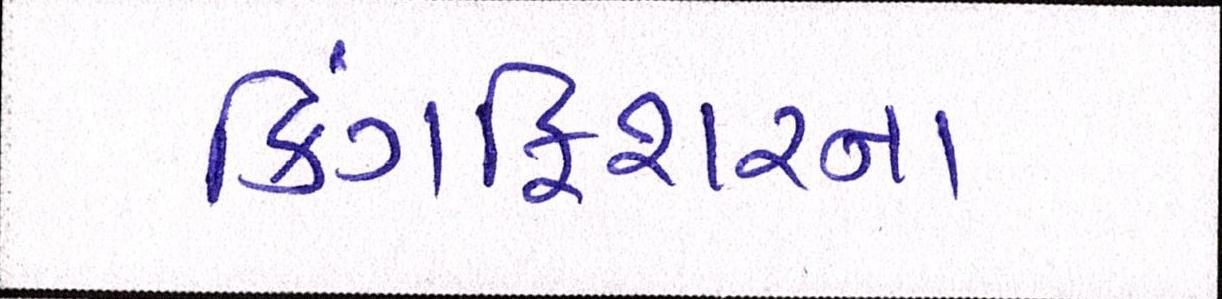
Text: કિંગફિશરના